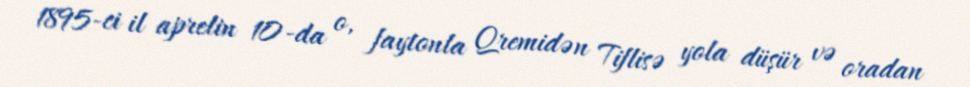
1895-ci il aprelin 10-da o, faytonla Qremidən Tiflisə yola düşür və oradan